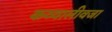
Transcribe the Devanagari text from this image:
कव्वालीवजा